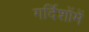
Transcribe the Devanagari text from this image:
गर्दिशोंमें